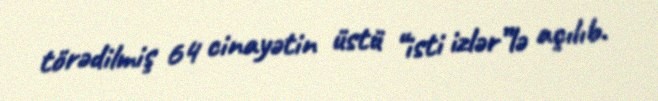
törədilmiş 64 cinayətin üstü “isti izlər”lə açılıb.